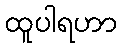
ထူပါရဟာ